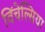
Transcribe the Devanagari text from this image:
विंचेल्सिया